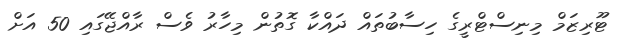
ޓޫރިޒަމް މިނިސްޓްރީގެ ހިސާބުތައް ދައްކާ ގޮތުން މިހާރު ވެސް ރާއްޖޭގައި 50 އަށް